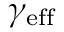
\gamma _ { \mathrm { e f f } }